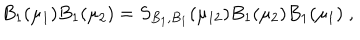
LaTeX: B _ { 1 } ( \mu _ { 1 } ) B _ { 1 } ( \mu _ { 2 } ) = S _ { B _ { 1 } , B _ { 1 } } ( \mu _ { 1 2 } ) B _ { 1 } ( \mu _ { 2 } ) B _ { 1 } ( \mu _ { 1 } ) \; ,